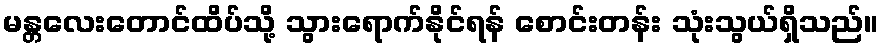
မန္တလေးတောင်ထိပ်သို့ သွားရောက်နိုင်ရန် စောင်းတန်း သုံးသွယ်ရှိသည်။